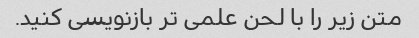
متن زیر را با لحن علمی تر بازنویسی کنید.